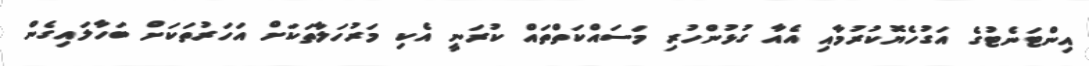
އިންޓަނެޓުގެ އަގުހެޔޮކުރުމާއި އެއާ ގުޅުންހުރި މަސައްކަތްތައް ކުރަނީ އެކި މަރުހަލާތަކަށް އަހަރުތަކަށް ބަހާލައިގެން